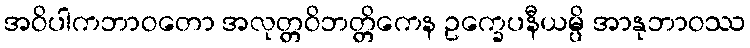
အဝိပါကဘာဝတော အလုတ္တဝိဘတ္တိကေန ဥက္ခေပနီယမ္ပိ အာနုဘာဝဿ